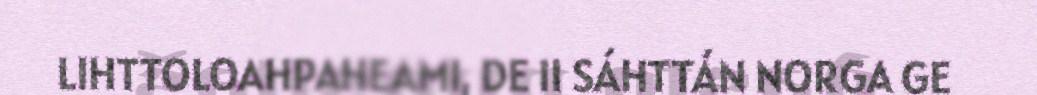
LIHTTOLOAHPAHEAMI, DE II SÁHTTÁN NORGA GE